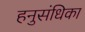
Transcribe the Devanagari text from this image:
हनुसंधिका